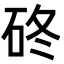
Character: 䂢